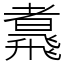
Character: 䬡